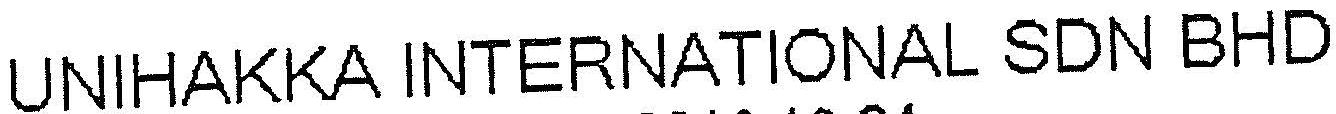
UNIHAKKA INTERNATIONAL SDN BHD